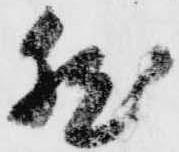
然